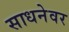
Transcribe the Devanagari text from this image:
साधनेवर